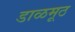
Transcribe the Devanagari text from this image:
डाळमूठ